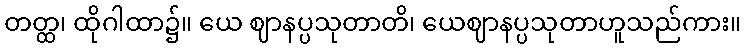
တတ္ထ၊ ထိုဂါထာ၌။ ယေ ဈာနပ္ပသုတာတိ၊ ယေဈာနပ္ပသုတာဟူသည်ကား။